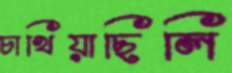
চাখিয়াছিলি